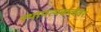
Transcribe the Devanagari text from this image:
स्थापत्यकलेवर